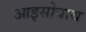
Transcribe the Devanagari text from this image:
आइसोबाथ